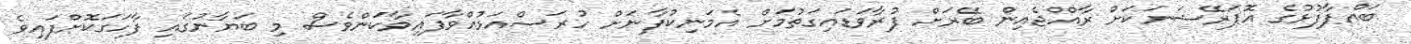
ބައްޕާފުޅުގެ އޮޕަރޭޝަނަކަށް ރާއްޖެއިން ބޭރަށް ފުރާވަޑައިގަތުމަށް އެމަނިކުފާނަށް ހުރަސްއަޅުއްވާފައިވާކަންވެސް މި ބަޔާނުގައި ފާހަގަކޮށްފައިވެ